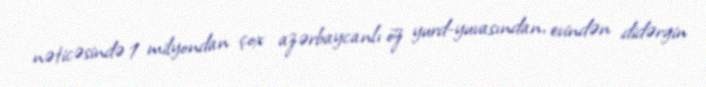
nəticəsində 1 milyondan çox azərbaycanlı öz yurd-yuvasından, evindən didərgin